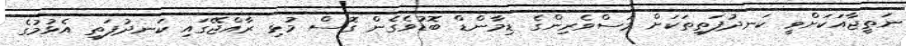
ނަތީޖާއަކަށްވީ ކަނދުފަތިތަކަށް މަސްވެރިންގެ ޑިމާންޑް ބޮޑުވެގެން ގޮސް މުޅި ރާއްޖޭގައި ކަނދުފަތި އެޅުމުގެ